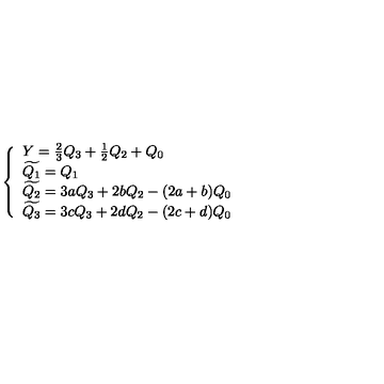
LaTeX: \left\{ \begin{array} { l } { Y = \frac { 2 } { 3 } Q _ { 3 } + \frac { 1 } { 2 } Q _ { 2 } + Q _ { 0 } } \\ { \widetilde { Q _ { 1 } } = Q _ { 1 } } \\ { \widetilde { Q _ { 2 } } = 3 a Q _ { 3 } + 2 b Q _ { 2 } - ( 2 a + b ) Q _ { 0 } } \\ { \widetilde { Q _ { 3 } } = 3 c Q _ { 3 } + 2 d Q _ { 2 } - ( 2 c + d ) Q _ { 0 } } \\ \end{array} \right.